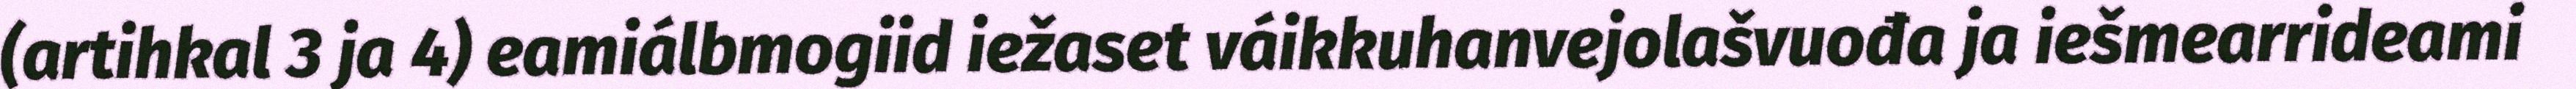
(artihkal 3 ja 4) eamiálbmogiid iežaset váikkuhanvejolašvuođa ja iešmearrideami